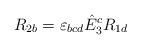
LaTeX: \begin{align*} R_{2b}=\varepsilon_{bcd}\hat{E}_3^cR_{1d}\end{align*}